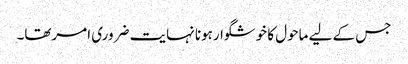
جس کے لیے ماحول کا خوشگوارہونا نہایت ضروری امرتھا۔